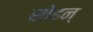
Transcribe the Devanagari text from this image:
सोहन्